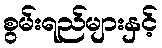
စွမ်းရည်များနှင့်